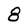
Character: 8